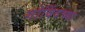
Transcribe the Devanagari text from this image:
गोविंदच्या